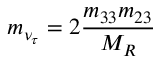
m _ { \nu _ { \tau } } = 2 \frac { m _ { 3 3 } m _ { 2 3 } } { M _ { R } }